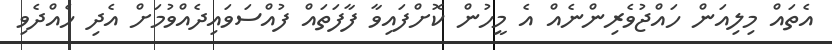
އެތައް މިލިއަން ހައްޖުވެރިންނެއް އެ މީހުން ކޮށްފައިވާ ފާފަތައް ފުއްސަވައިދެއްވުމަށް އެދި ހެއްދެވި